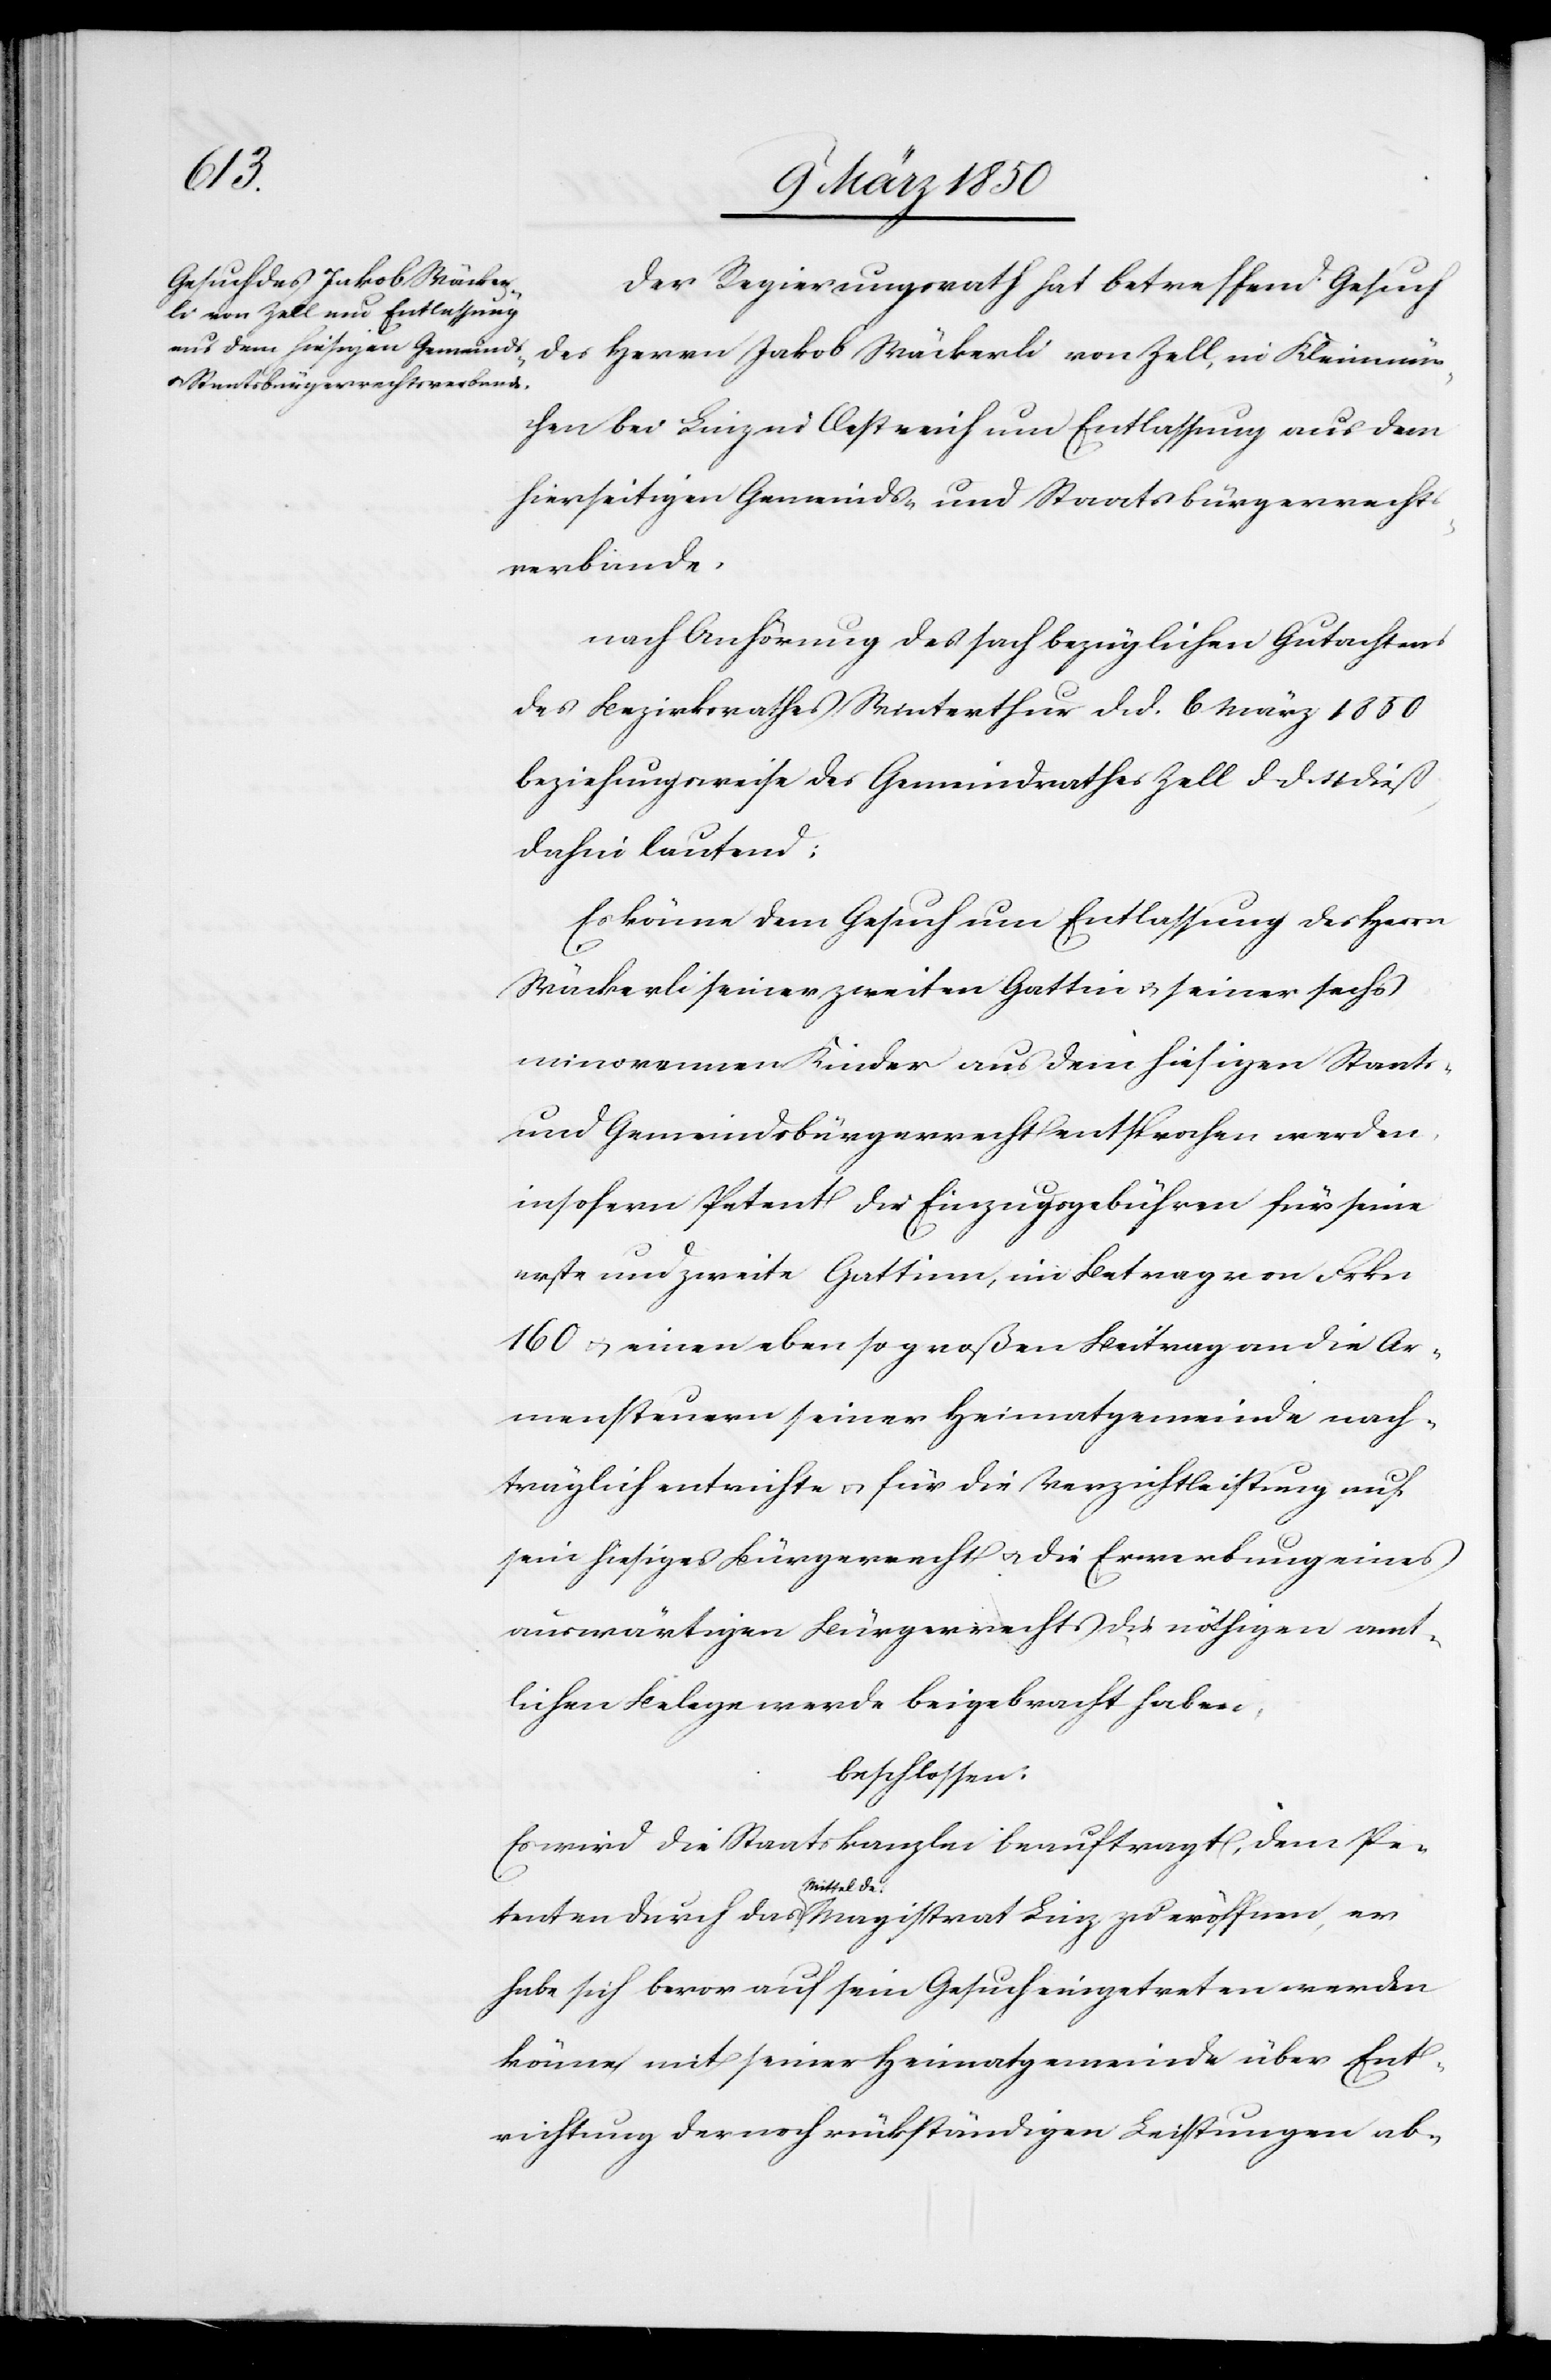
Der Regierungsrath hat betreffend Gesuch
des Herrn Jakob Wäckerli von Zell, in Kleinmün¬
chen bei Linz in Oestreich um Entlassung aus dem
hierseitigen Gemeinds- und Staatsbürgerrecht¬
verbande,
nach Anhörung des sachbezüglichen Gutachtens
des Bezirksrathes Winterthur d. d. 6 März 1850
beziehungsweise des Gemeindrathes Zell d. d. 4 dieß,
dahin lautend:
Es könne dem Gesuch um Entlassung des Herrn
Wäckerli seiner zweiten Gattin u. seiner sechs
minorennen Kinder aus dem hiesigen Staats-
und Gemeindsbürgerrecht entsprochen werden,
insofern Petent die Einzugsgebühren für seine
erste und zweite Gattin, im Betrag von Frkn
160 u. einen ebenso großen Beitrag an die Ar¬
mensteuern seiner Heimatgemeinde nach¬
träglich entrichte u. für die Verzichtleistung auf
sein hiesiges Bürgerrecht u. die Erwerbung eines
auswärtigen Bürgerrechts die nöthigen amt¬
lichen Belege werde beigebracht haben
beschlossen:
Es wird die Staatskanzlei beauftragt, dem Pe¬
tenten durch das Mittel des Magistrat Linz zu eröffnen, er
habe sich bevor auf sein Gesuch eingetreten werden
könne mit seiner Heimatgemeinde über Ent¬
richtung der noch rückständigen Leistungen ab-